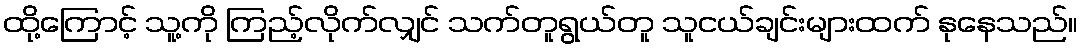
ထို့ကြောင့် သူ့ကို ကြည့်လိုက်လျှင် သက်တူရွယ်တူ သူငယ်ချင်းများထက် နုနေသည်။